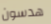
هدسون